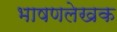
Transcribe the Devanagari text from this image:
भाषणलेखक